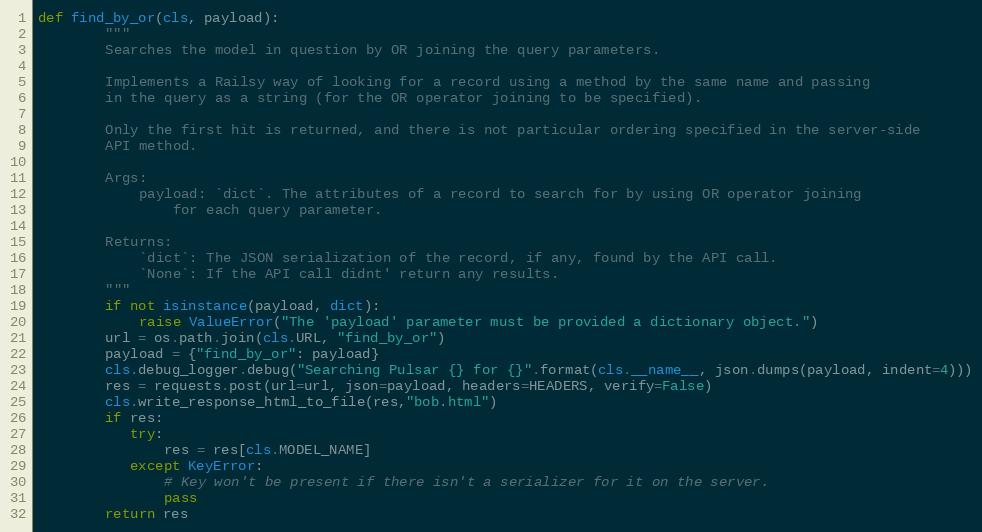
Language: Python
def find_by_or(cls, payload):
        """
        Searches the model in question by OR joining the query parameters.

        Implements a Railsy way of looking for a record using a method by the same name and passing
        in the query as a string (for the OR operator joining to be specified).

        Only the first hit is returned, and there is not particular ordering specified in the server-side
        API method.

        Args:
            payload: `dict`. The attributes of a record to search for by using OR operator joining
                for each query parameter.

        Returns:
            `dict`: The JSON serialization of the record, if any, found by the API call.
            `None`: If the API call didnt' return any results.
        """
        if not isinstance(payload, dict):
            raise ValueError("The 'payload' parameter must be provided a dictionary object.")
        url = os.path.join(cls.URL, "find_by_or")
        payload = {"find_by_or": payload}
        cls.debug_logger.debug("Searching Pulsar {} for {}".format(cls.__name__, json.dumps(payload, indent=4)))
        res = requests.post(url=url, json=payload, headers=HEADERS, verify=False)
        cls.write_response_html_to_file(res,"bob.html")
        if res:
           try:
               res = res[cls.MODEL_NAME]
           except KeyError:
               # Key won't be present if there isn't a serializer for it on the server.
               pass
        return res